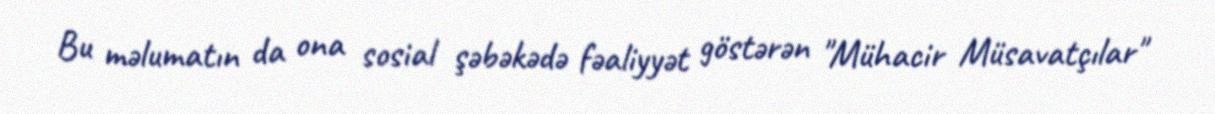
Bu məlumatın da ona sosial şəbəkədə fəaliyyət göstərən "Mühacir Müsavatçılar"